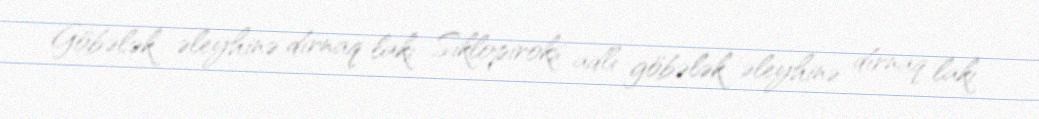
Göbələk əleyhinə dırnaq lakı Siklopiroks adlı göbələk əleyhinə dırnaq lakı